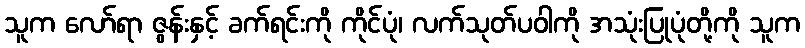
သူက လော်ရာ ဇွန်းနှင့် ခက်ရင်းကို ကိုင်ပုံ၊ လက်သုတ်ပဝါကို အသုံးပြုပုံတို့ကို သူက